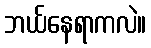
ဘယ်နေရာကလဲ။